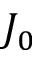
J _ { 0 }